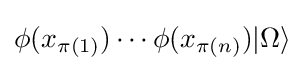
\phi (x_{\pi (1)})\cdots \phi (x_{\pi (n)})|\Omega \rangle